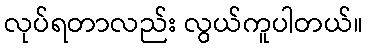
လုပ်ရတာလည်း လွယ်ကူပါတယ်။